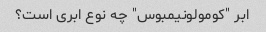
ابر "کومولونیمبوس" چه نوع ابری است؟